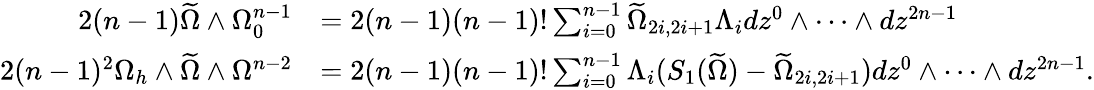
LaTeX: \begin{array}{rl}{2(n-1)\widetilde{\Omega}\wedge\Omega_{0}^{n-1}}&{=2(n-1)(n-1)!\sum_{i=0}^{n-1}\widetilde{\Omega}_{2i,2i+1}\Lambda_{i}dz^{0}\wedge\cdots\wedge dz^{2n-1}}\\ {2(n-1)^{2}\Omega_{h}\wedge\widetilde{\Omega}\wedge\Omega^{n-2}}&{=2(n-1)(n-1)!\sum_{i=0}^{n-1}\Lambda_{i}(S_{1}(\widetilde{\Omega})-\widetilde{\Omega}_{2i,2i+1})dz^{0}\wedge\cdots\wedge dz^{2n-1}.}\end{array}